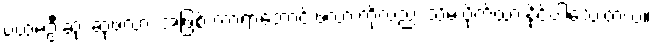
ပထမဦးဆုံး ဆုဖလား အဖြစ် ကာရာဘောင်းဖလားကိုလည်း သိမ်းပိုက်ထားနိုင်ပါသေးတယ်။